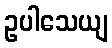
ဥပါသေယျ